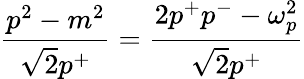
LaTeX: \frac{p^{2}-m^{2}}{\sqrt{2}p^{+}}=\frac{2p^{+}p^{-}-\omega_{p}^{2}}{\sqrt{2}p^{+}}